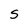
Character: S